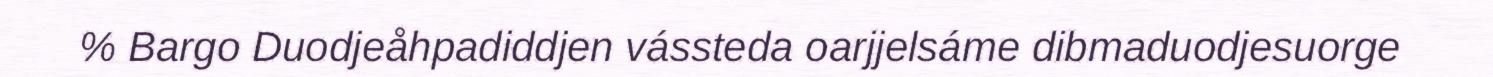
% Bargo Duodjeåhpadiddjen vássteda oarjjelsáme dibmaduodjesuorge